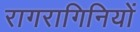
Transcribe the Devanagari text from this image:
रागरागिनियों